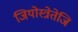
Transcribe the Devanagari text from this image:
जियोस्त्रेतेजि